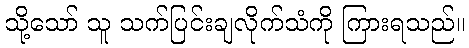
သို့သော် သူ သက်ပြင်းချလိုက်သံကို ကြားရသည်။